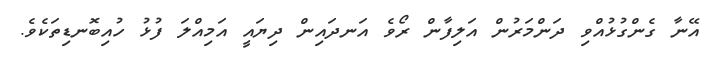
އޭނާ ގެންގުޅުއްވި ދަންމަރުން އަލިފާން ރޯވެ އަނދައިން ދިޔައީ އަމިއްލަ ފުޅު ހުއިބޮނޑިތަކެވެ.